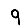
Digit: 9